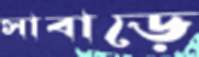
সাবাড়ে